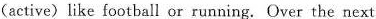
(active) like football or running. Over the next